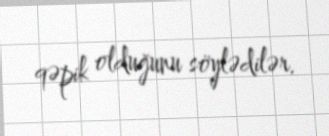
qəpik olduğunu söylədilər.